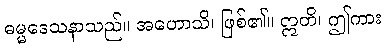
ဓမ္မဒေသနာသည်။ အဟောသိ၊ ဖြစ်၏။ ဣတိ၊ ဤကား